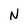
Character: N